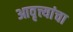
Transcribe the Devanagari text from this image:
आवृत्त्यांचा